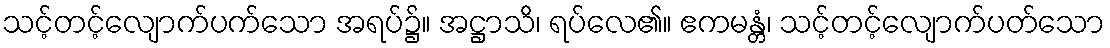
သင့်တင့်လျောက်ပက်သော အရပ်၌။ အဋ္ဌာသိ၊ ရပ်လေ၏။ ဧကမန္တံ၊ သင့်တင့်လျောက်ပတ်သော